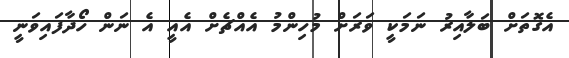
އެގޮތަށް ބަލާއިރު ނަމަކީ ވަރަށް މުހިންމު އެއްޗެށް އެއީ އެ ނަން ހޯދާފައިވަނީ